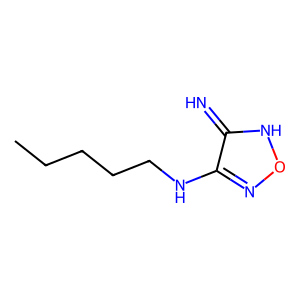
SMILES: CCCCCNc1no[nH]c1=N
Inhibits HIV replication: No